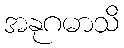
အနုဂမာသိ